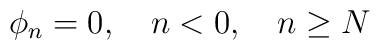
\phi_n=0, \quad n<0, \quad n \geq N